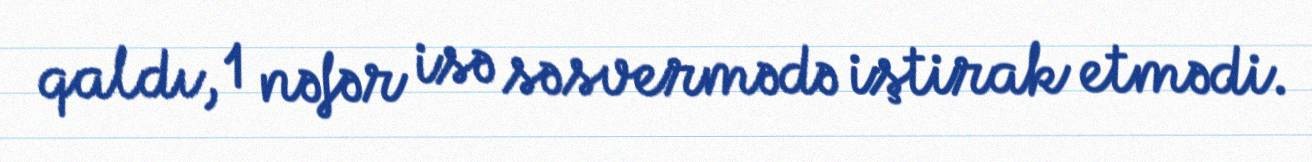
qaldı, 1 nəfər isə səsvermədə iştirak etmədi.